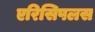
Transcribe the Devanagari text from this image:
एरिसिपलस